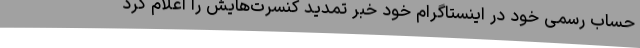
حساب رسمی خود در اینستاگرام خود خبر تمدید کنسرت‌هایش را اعلام کرد